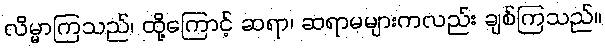
လိမ္မာကြသည်၊ ထို့ကြောင့် ဆရာ၊ ဆရာမများကလည်း ချစ်ကြသည်။